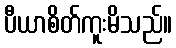
ပီယာစိတ်ကူးမိသည်။